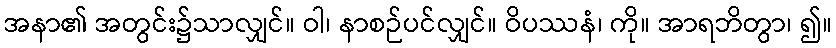
အနာ၏ အတွင်း၌သာလျှင်။ ဝါ၊ နာစဉ်ပင်လျှင်။ ဝိပဿနံ၊ ကို။ အာရဘိတွာ၊ ၍။